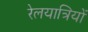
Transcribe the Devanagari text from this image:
रेलयात्रियों